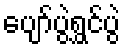
ပျော်ပွဲရွှင်ပွဲ